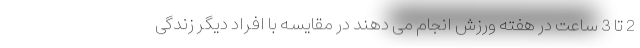
2 تا 3 ساعت در هفته ورزش انجام می دهند در مقایسه با افراد دیگر زندگی